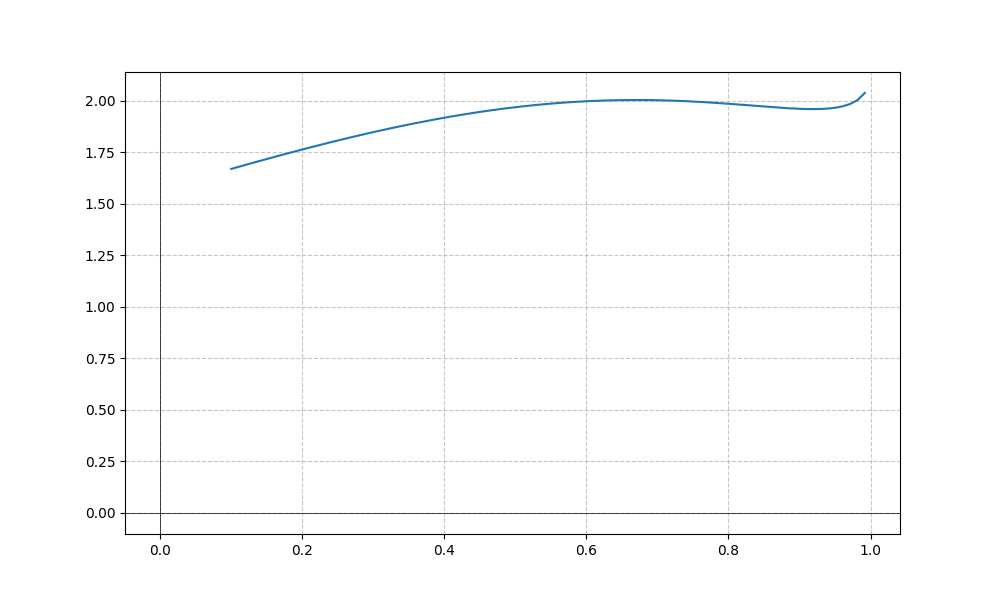
LaTeX formula: - x^{3} + \operatorname{acos}{\left(- x \right)}